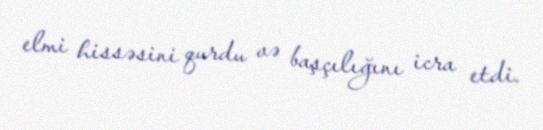
elmi hissəsini qurdu və başçılığını icra etdi.